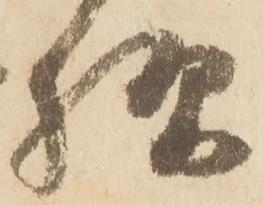
様